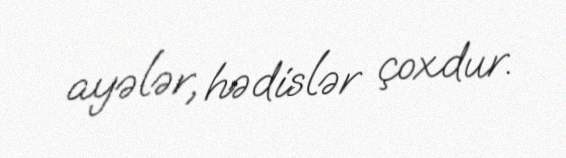
ayələr, hədislər çoxdur.